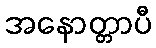
အနောတ္တာပီ